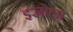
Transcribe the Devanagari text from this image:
इस्रोला